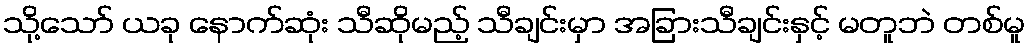
သို့သော် ယခု နောက်ဆုံး သီဆိုမည့် သီချင်းမှာ အခြားသီချင်းနှင့် မတူဘဲ တစ်မူ